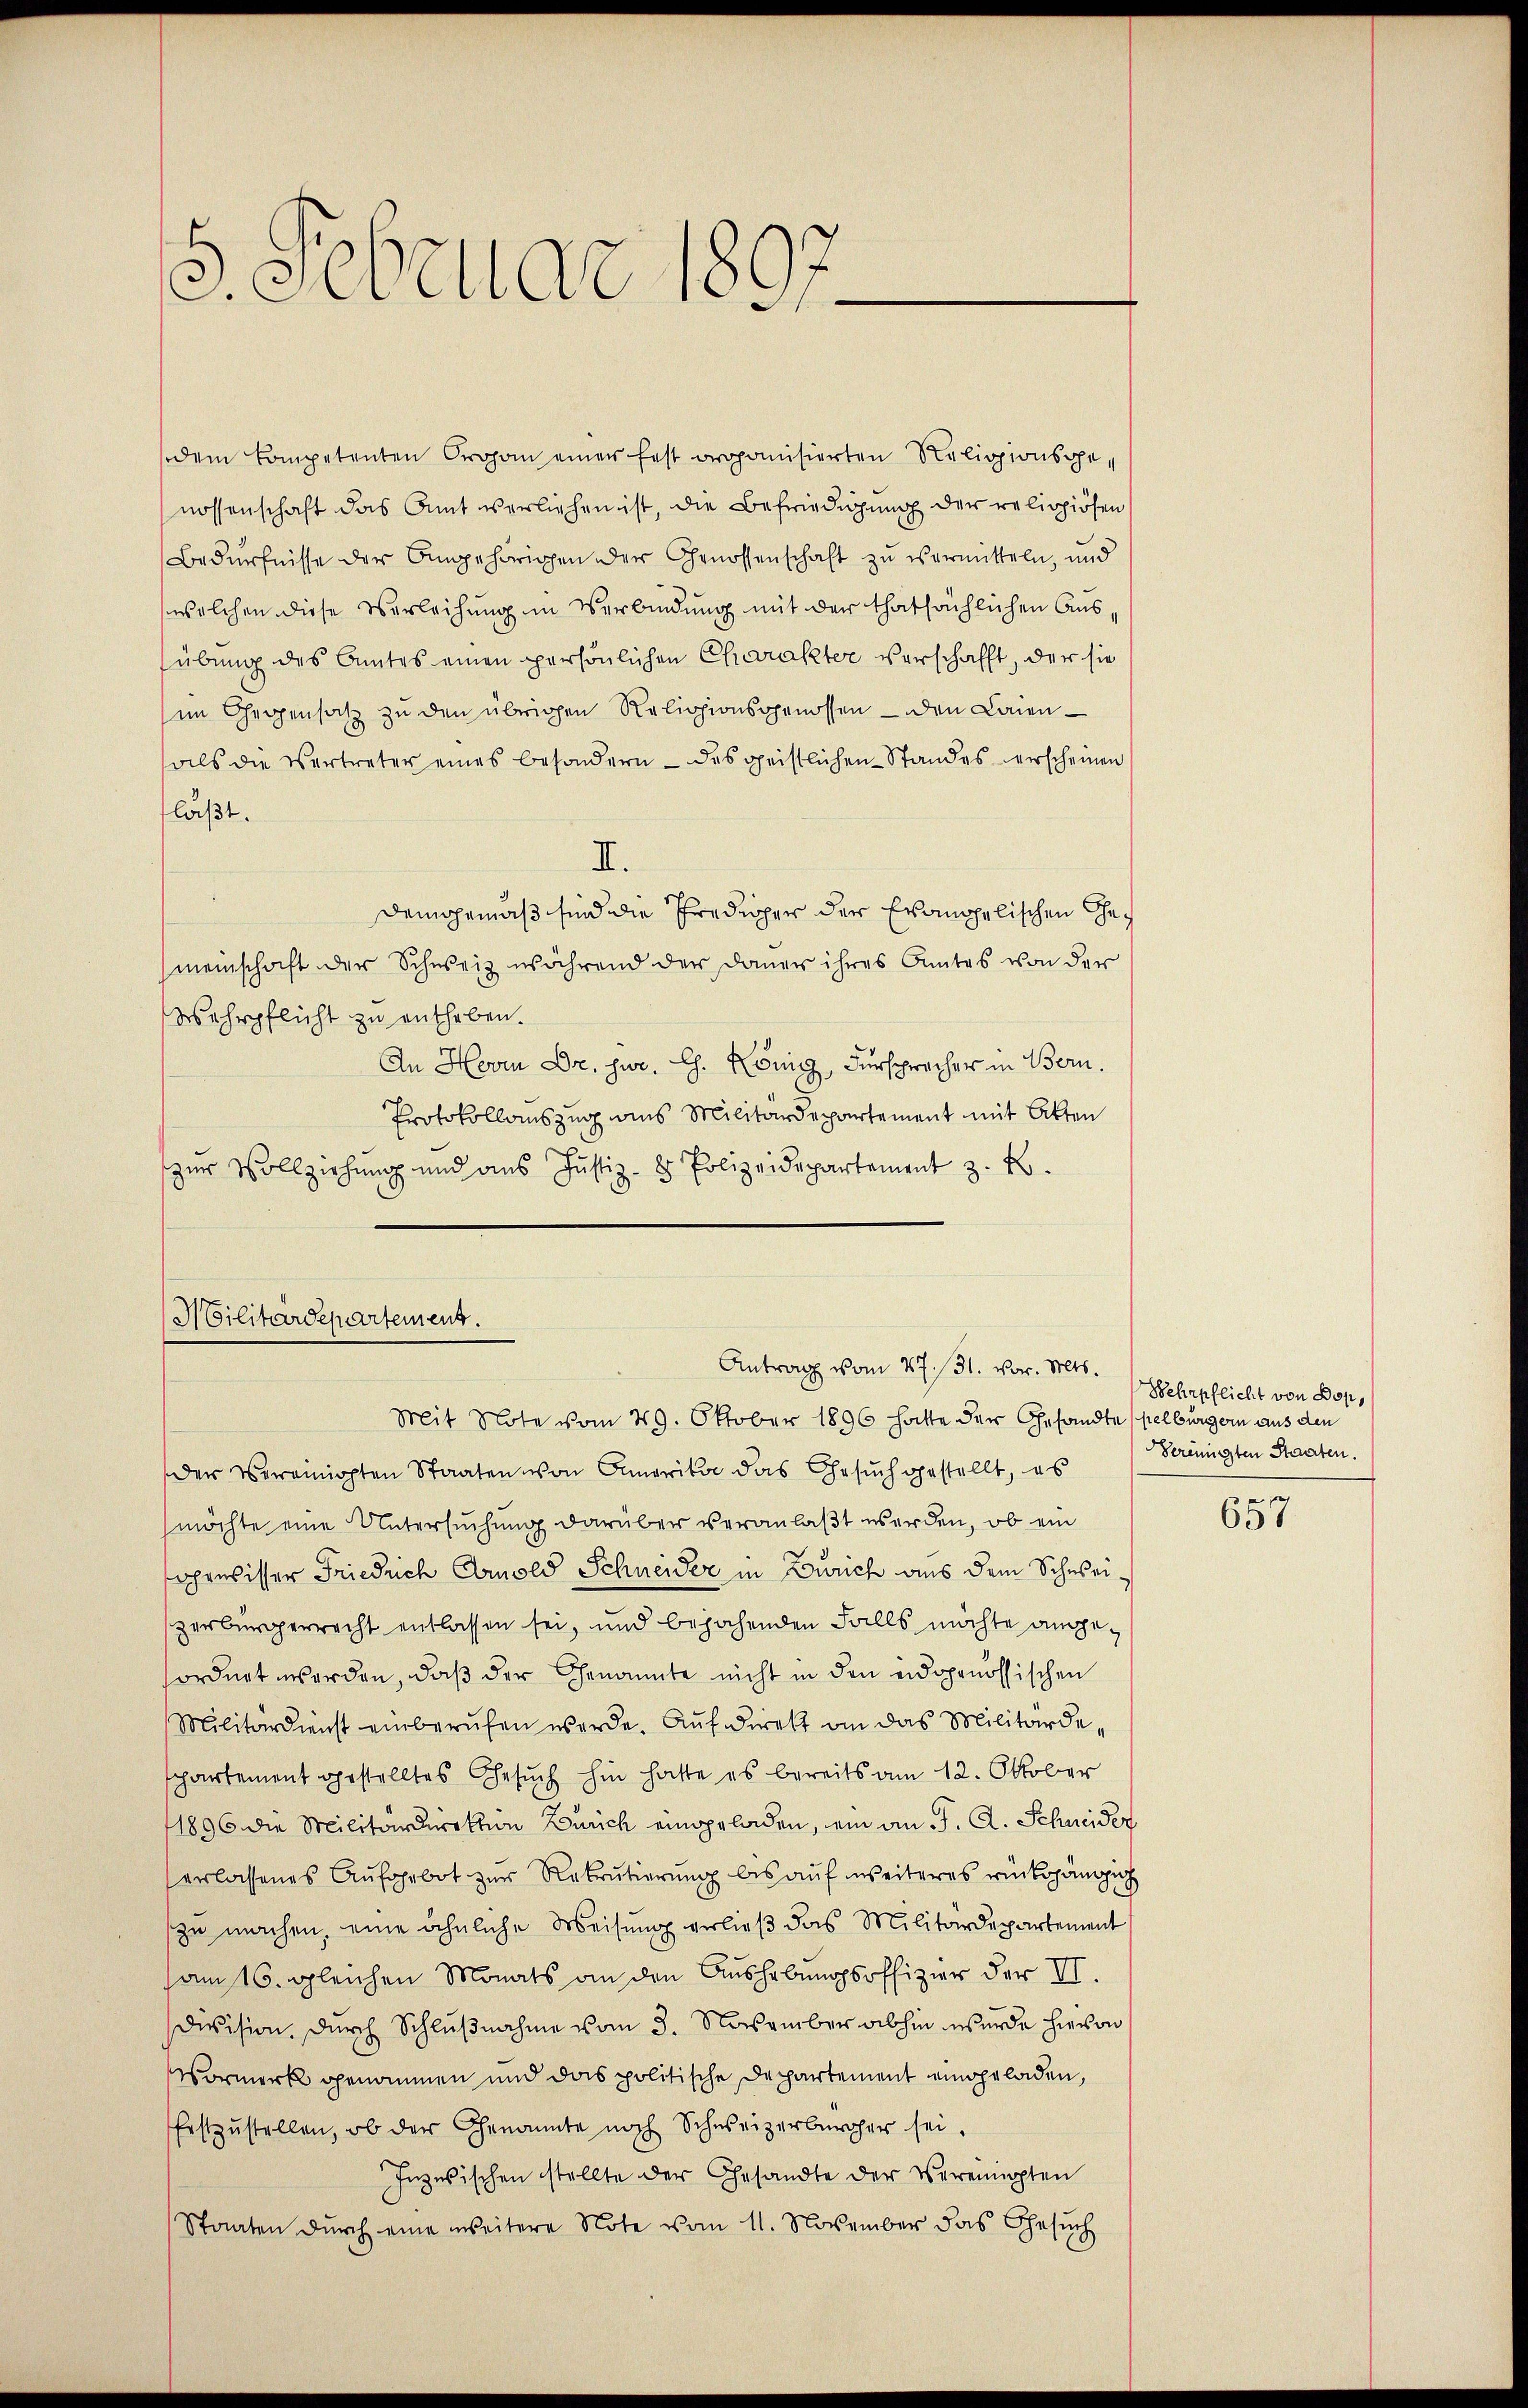
5. Februar 1897

dem Competenten Organ einer fest propanisierten Religionsgenossenschaft das Amt verliehen ist, die Befriedigung der religiösen
Bedürfnisse der Angehörigen der Genossenschaft zu vermitteln, und
welchen diese Verleihung in Verbindung mit der thatsächlichen Aussübung des Amtes einen persönlichen Charakter verschafft, der sie
sim Gegensatz zu den übrigen Religionsgenossen — den Laien-
als die Vertreter eines besondern - das geistlichen Standes verscheinen
läßt.
II.
Demgemäß sind die Prediger der Examppelischen Gemeinschaft der Schweiz während der Dauer ihres Amtes von der
Wehrpflicht zu entheben.
An Herrn Dr. jur. G. König, Fürsprecher in Bern.
Protokollauszug aus Militärdepartement mit Akten
zur Vollziehung und aus Justiz- & Polizeidepartement z. B.
Antrag vom 27. 131. vor. Mts.
Mit Note vom 29. Oktober 1896 hatte der Gesandte selburgern aus den
Der Vereinigten Staaten von Amerikar das Gesuch gestellt, es
möchte eine Untersuchung darüber veranlaßt werden, ob ein
ahrnisser Friedrich Arnold Schneider in Zürich aus dem Schweizerbürgerrecht entlassen sei, und bejahenden Falls möchte angefordnet worden, daß der Genannte nicht in den eidgenössischen
Militärdienst einberŭfen werde. Aŭf direkt an das Militärdeschartement gestelltes Gesŭch hin hatte es bereits am 12. Oktober
1896 die Militärdirektion Zürich eingeladen, ein an J. A. Schneider
erlassenes Aŭfgebot zŭr Rekrutierŭng bis aŭf weiteres rückgängn
zu machen, eine ähnliche Weisung verließ das Militärdepartement
samts, gleichen Monats an den Aushebungsoffizier der II.
division. Durch Schlußnahme vom 3. November abhin wurde hievon
Vormerk genommen und das politische Departement eingeladen,
festzustellen, ob der Genannte noch Schweizerbürger sei.
Inzwischen stellte der Gesandte der Vereinigten
Staaten durch eine weitere Note vom 11. November das Gesuch

Militärdepartement.

Wehrpflicht von Dop,
Vereinigten Staaten.
e

651